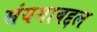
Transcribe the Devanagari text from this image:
संयमाबद्दल